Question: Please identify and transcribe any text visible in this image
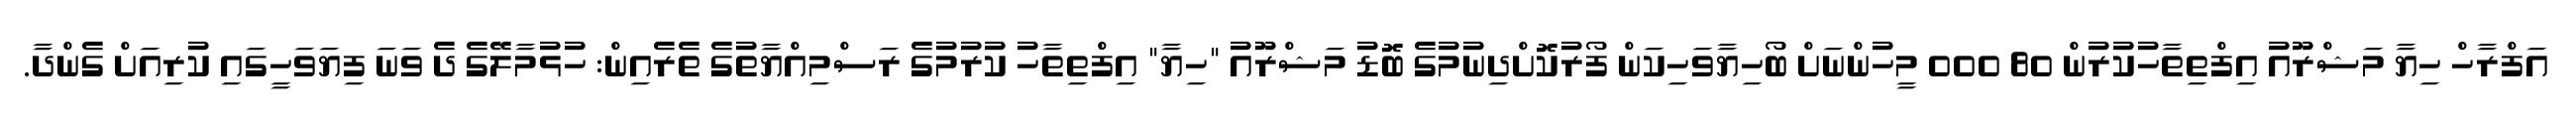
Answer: އަފްރާހް ހިޔާ މަޝްރޫއު އިފްތިތާހުކުރުން 80 000 މީހުންނަށް ބޯހިޔާވަހިކަން ފޯރުކޮށްދިނުމުގެ ބޮޑު މަޝްރޫއު "ހިޔާ" އިފްތިތާހު ކުރުމުގެ ރަސްމިއްޔާތުގެ ތެރެއިން: ހުޅުމާލޭގެ ދެ ވަނަ ފިޔަވަހީގައި ކުރިއަށް ގެންދާ.